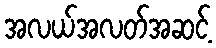
အလယ်အလတ်အဆင့်